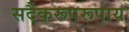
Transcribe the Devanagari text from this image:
सदैकरूपरूपाय